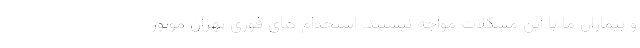
و بیماران ما با این مشکلات مواجه نیستند. استخدام های فوری تهران موتور